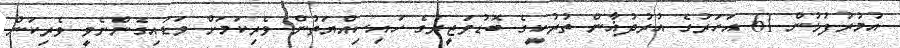
އުމުރުފުޅުން 61 އަހަރުގެ އުރުދުޣާން ތުރުކީގެ ބޮޑުވަޒީރުގެ ހައިސިއްޔަތުން ވެރިކަމަށް ވަޑައިގެންނެވީ ވެރިކަން